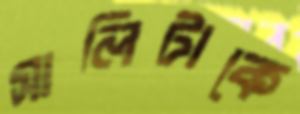
সালিটাকে